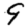
Digit: 9